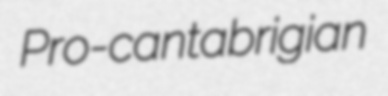
Pro-cantabrigian